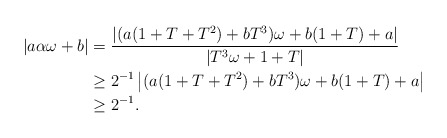
\begin{align*}|a \alpha \omega+b|&=\dfrac{|(a(1+T+T^2)+bT^3)\omega+b(1+T)+a |}{|T^3 \omega +1+T|} \\& \geq 2^{-1}\left|(a(1+T+T^2)+bT^3)\omega+b(1+T)+a \right| \\&\geq 2^{-1}.\end{align*}